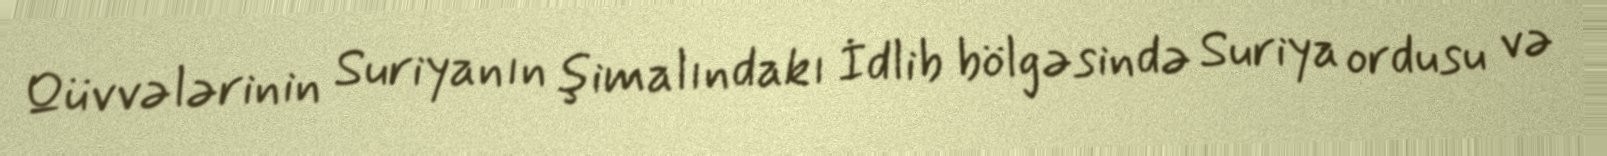
Qüvvələrinin Suriyanın şimalındakı İdlib bölgəsində Suriya ordusu və